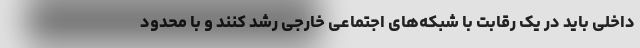
داخلی باید در یک رقابت با شبکه‌های اجتماعی خارجی رشد کنند و با محدود